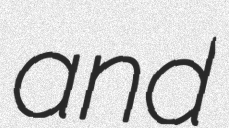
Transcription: and